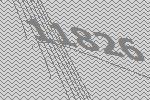
11826